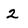
Character: 2